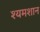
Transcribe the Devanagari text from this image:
श्यमशान